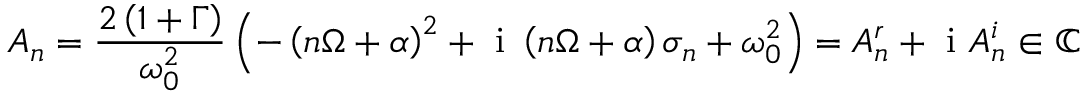
A _ { n } = \frac { 2 \left( 1 + \Gamma \right) } { \omega _ { 0 } ^ { 2 } } \left( - \left( n \Omega + \alpha \right) ^ { 2 } + \mathrm { ~ i ~ } \left( n \Omega + \alpha \right) \sigma _ { n } + \omega _ { 0 } ^ { 2 } \right) = A _ { n } ^ { r } + \mathrm { ~ i ~ } A _ { n } ^ { i } \in \mathbb { C }